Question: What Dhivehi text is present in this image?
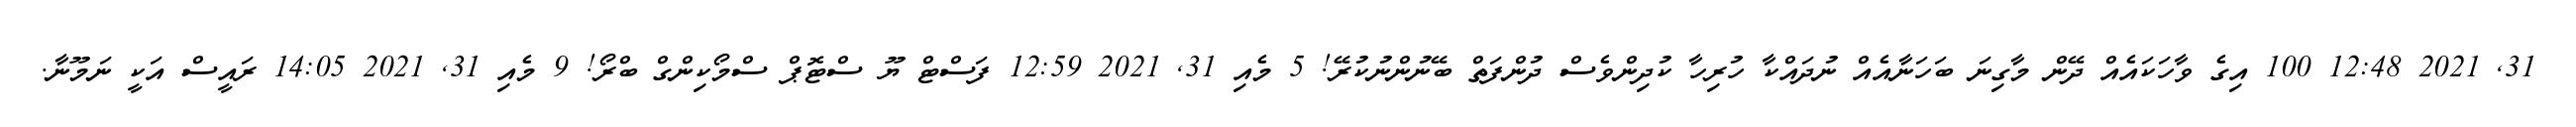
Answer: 31, 2021 12:48 100 އިގެ ވާހަކައެއް ދޭން މާގިނަ ބަހަނާއެއް ނުދައްކާ ހުރިހާ ކުދިންވެސް ދުންފަތް ބޭނުންނުކުރޭ! 5 މެއި 31, 2021 12:59 ފަސްޓް ޔޫ ސްޓޮޕް ސްމޯކިންގް ބްރޯ! 9 މެއި 31, 2021 14:05 ރައީސް އަކީ ނަމޫނާ.